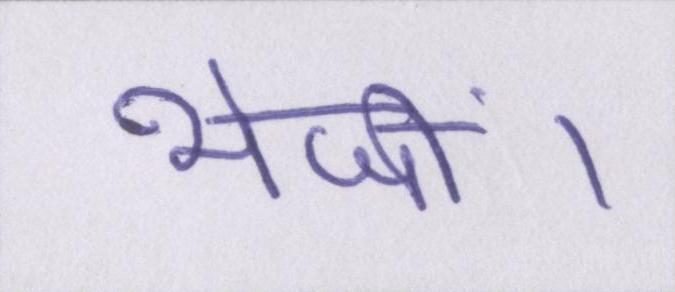
भेजीं।